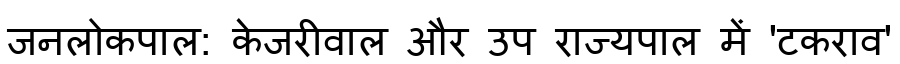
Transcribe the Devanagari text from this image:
जनलोकपाल: केजरीवाल और उप राज्यपाल में 'टकराव'